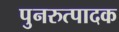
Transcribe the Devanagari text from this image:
पुनरुत्‍पादक